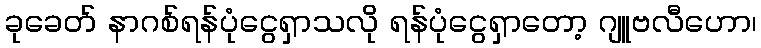
ခုခေတ် နာဂစ်ရန်ပုံငွေရှာသလို ရန်ပုံငွေရှာတော့ ဂျူဗလီဟော၊